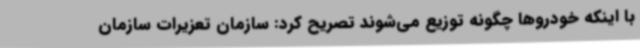
با اینکه خودروها چگونه توزیع می‌شوند تصریح کرد: سازمان تعزیرات سازمان